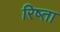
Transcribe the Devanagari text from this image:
रिष्ता